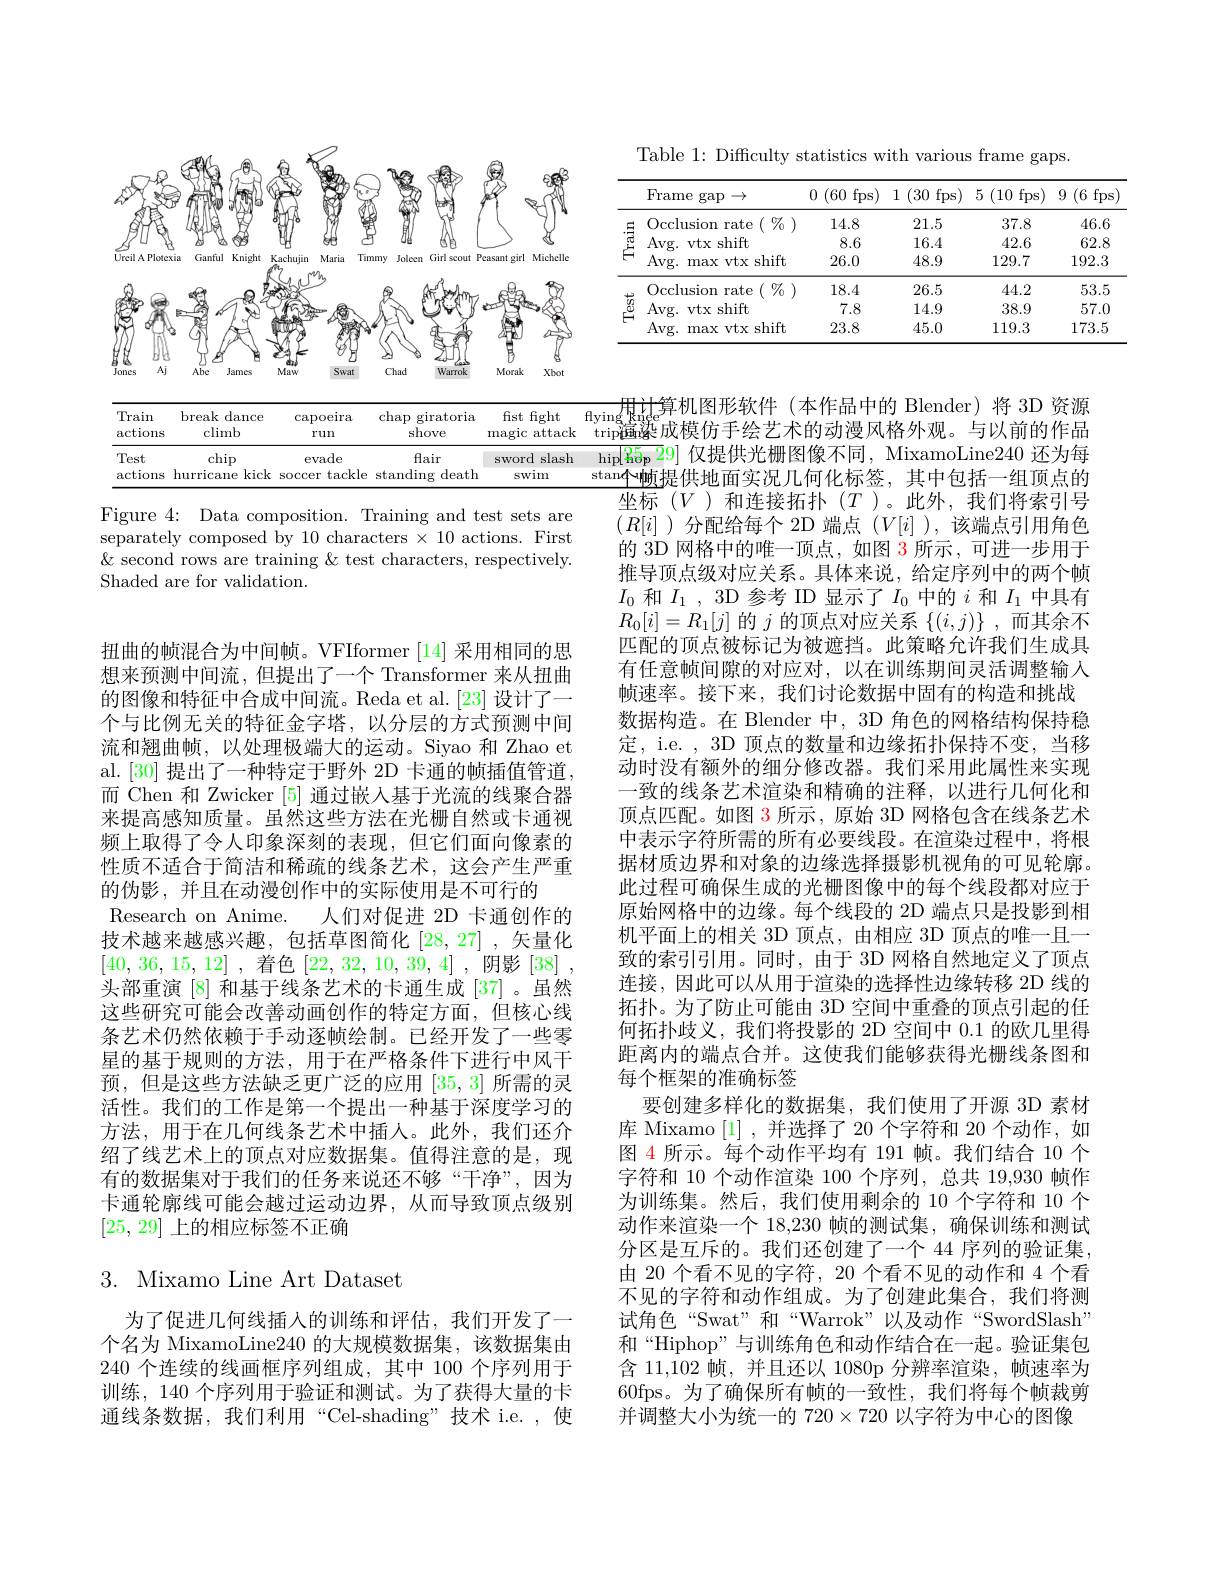
<FigureHere>

Figure 4: Data composition. Training and test sets are separately composed by 10 characters $\times10$ actions. First & second rows are training & test characters, respectively. Shaded are for validation.

扭曲的帧混合为中间帧。VFIformer [14]采用相同的思想来预测中间流，但提出了一个 Transformer 来从扭曲的图像和特征中合成中间流。Reda et al.[23] 设计了一个与比例无关的特征金字塔，以分层的方式预测中间流和翘曲帧，以处理极端大的运动。Siyao 和 Zhao et al.[30] 提出了一种特定于野外 2D 卡通的帧插值管道， 而 Chen 和 Zwicker [5]通过嵌入基于光流的线聚合器来提高感知质量。虽然这些方法在光栅自然或卡通视频上取得了令人印象深刻的表现，但它们面向像素的性质不适合于简洁和稀疏的线条艺术，这会产生严重的伪影，并且在动漫创作中的实际使用是不可行的
Research on Anime. 人们对促进 2D 卡通创作的技术越来越感兴趣，包括草图简化[28,27] ,矢量化[40,36,15,12] ,着色[22,32,10,39,4] ,阴影[38] , 头部重演[8]和基于线条艺术的卡通生成 [37]。虽然这些研究可能会改善动画创作的特定方面，但核心线条艺术仍然依赖于手动逐帧绘制。已经开发了一些零星的基于规则的方法，用于在严格条件下进行中风干预，但是这些方法缺乏更广泛的应用[35,3]所需的灵活性。我们的工作是第一个提出一种基于深度学习的方法，用于在几何线条艺术中插人。此外，我们还介绍了线艺术上的顶点对应数据集。值得注意的是，现有的数据集对于我们的任务来说还不够“干净”,因为卡通轮廓线可能会越过运动边界，从而导致顶点级别[25,29]上的相应标签不正确

## 3. Mixamo Line Art Dataset

为了促进几何线插人的训练和评估，我们开发了一个名为 MixamoLine240 的大规模数据集，该数据集由240个连续的线画框序列组成，其中 100 个序列用于训练，140 个序列用于验证和测试。为了获得大量的卡通线条数据，我们利用“Cel-shading”技术 i.e.,使

Table 1: Difficulty statistics with various frame gaps.

<table>
	<tbody>
		<tr>
			<th> </th>
			<th>Frame gap $\rightarrow$ T</th>
			<th>0 (60 fps)</th>
			<th>1 1(30f fps) </th>
			<th>5 (10 fps)</th>
			<th>$9\pmod{6}$</th>
		</tr>
		<tr>
			<td rowspan="3"> 二 $\mathcal{F}$</td>
			<td>$\left(\begin{array}{c}0/7&0\\0&0\end{array}\right)$ Occlusion $\textbf{rate}$</td>
			<td>14.8</td>
			<td>21.5</td>
			<td>37.8</td>
			<td>46.6</td>
		</tr>
		<tr>
			<td>Avg. vtx shift</td>
			<td>8.6</td>
			<td>16.4</td>
			<td>42.6</td>
			<td>62.8</td>
		</tr>
		<tr>
			<td>Avg. max vtx shift </td>
			<td>26.0</td>
			<td>48.9</td>
			<td>129.7</td>
			<td>192.3</td>
		</tr>
		<tr>
			<td rowspan="3">$\stackrel{\overleftarrow{\underrightarrow{\varrho}}}{\underlinesegment{E}}\stackrel{\overleftarrow{\varrho}}{\underlinesegment{\varrho}}$</td>
			<td>$\left(\begin{array}{c}\%&0\\\end{array}\right)$ Occlusion $\textbf{rate}$</td>
			<td>18.4</td>
			<td>26.5</td>
			<td>44.2</td>
			<td>53.5</td>
		</tr>
		<tr>
			<td>Avg. vtx shift</td>
			<td>7.8</td>
			<td>14.9</td>
			<td>38.9</td>
			<td>57.0</td>
		</tr>
		<tr>
			<td>$Avg.$ max vtxshift</td>
			<td>23.8</td>
			<td>45.0</td>
			<td>119.3</td>
			<td>173.5</td>
		</tr>
	</tbody>
</table>

用计算机图形软件(本作品中的 Blender)将 3D 资源trip遍染成模仿手绘艺术的动漫风格外观。与以前的作品$\frac{\text{niplags }n\text{ over }n}{\text{hip}[\text{Rop }29]\text{ 仅提供光栅图像不同，MixamoLine240 还为每}}$ stan本帧提供地面实况几何化标签，其中包括一组顶点的
坐标(V)和连接拓扑(T)。此外，我们将索引号$(R[i]$ )分配给每个 2D 端点$(V[i]$ ),该端点引用角色的 3D 网格中的唯一顶点，如图 3 所示，可进一步用于推导顶点级对应关系。具体来说，给定序列中的两个帧$I_{0}$和$I_1$, 3D 参考 ID 显示了$I_0$中的$i$和$I_1$中具有$R_{0}[i]=R_{1}[j]$的$j$的顶点对应关系$\{(i,j)\}$ ,而其余不匹配的顶点被标记为被遮挡。此策略允许我们生成具有任意帧间隙的对应对，以在训练期间灵活调整输入帧速率。接下来，我们讨论数据中固有的构造和挑战数据构造。在 Blender 中，3D 角色的网格结构保持稳定，i.e.,3D 顶点的数量和边缘拓扑保持不变，当移动时没有额外的细分修改器。我们采用此属性来实现一致的线条艺术渲染和精确的注释，以进行几何化和顶点匹配。如图 3 所示，原始 3D 网格包含在线条艺术中表示字符所需的所有必要线段。在渲染过程中，将根据材质边界和对象的边缘选择摄影机视角的可见轮廓。此过程可确保生成的光栅图像中的每个线段都对应于原始网格中的边缘。每个线段的 2D 端点只是投影到相机平面上的相关 3D 顶点，由相应 3D 顶点的唯一且一致的索引引用。同时，由于 3D 网格自然地定义了顶点连接，因此可以从用于渲染的选择性边缘转移 2D 线的拓扑。为了防止可能由 3D 空间中重叠的顶点引起的任何拓扑歧义，我们将投影的 2D 空间中 0.1 的欧几里得距离内的端点合并。这使我们能够获得光栅线条图和每个框架的准确标签
要创建多样化的数据集，我们使用了开源 3D 素材库 Mixamo [1] ,并选择了 20 个字符和 20 个动作，如图 4 所示。每个动作平均有 191 帧。我们结合 10 个字符和 10 个动作渲染 100 个序列，总共 19,930 帧作为训练集。然后，我们使用剩余的10 个字符和 10 个动作来渲染一个 18,230 帧的测试集，确保训练和测试分区是互斥的。我们还创建了一个 44 序列的验证集， 由 20 个看不见的字符，20 个看不见的动作和 4 个看不见的字符和动作组成。为了创建此集合，我们将测试角色“Swat”和“Warrok”以及动作“SwordSlash” 和“Hiphop”与训练角色和动作结合在一起。验证集包含 11,102 帧，并且还以 1080p 分辨率渲染，帧速率为60fps。为了确保所有帧的一致性，我们将每个帧裁剪并调整大小为统一的$720\times720$以字符为中心的图像